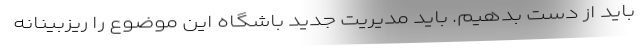
باید از دست بدهیم. باید مدیریت جدید باشگاه این موضوع را ریزبینانه